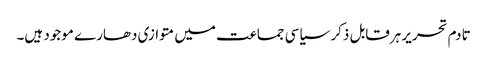
تادم تحریر ہرقابل ذکر سیاسی جماعت میں متوازی دھارے موجود ہیں۔